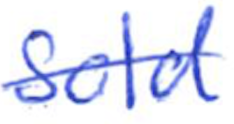
Text: sold
Cross-out: single-line
Writing tool: ballpoint